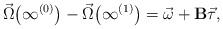
LaTeX: \begin{align*}\vec\Omega\big(\infty^{(0)}\big) - \vec\Omega\big(\infty^{(1)}\big) = \vec\omega+\mathbf{B}\vec\tau,\end{align*}